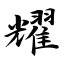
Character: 耀